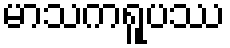
မာသကရူပဿ